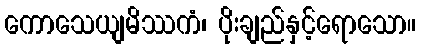
ကောသေယျမိဿကံ၊ ပိုးချည်နှင့်ရောသော။